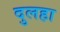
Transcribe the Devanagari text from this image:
दुलहा